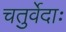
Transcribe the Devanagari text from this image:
चतुर्वेदाः